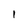
Character: i